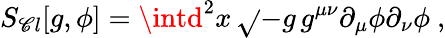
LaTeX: S_{\mathscr{C}l}[g,\phi]=\intd^{2}x\, \sqrt{}{{-g}}\, g^{\mu\nu}\partial_{\mu}\phi\partial_{\nu}\phi\ ,